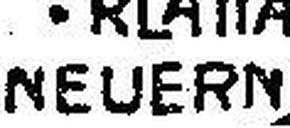
NEUERN